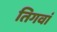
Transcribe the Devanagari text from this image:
तिगवां